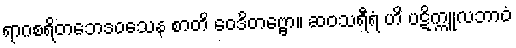
ရာဂစရိတဘေဒဝသေန စာတိ ဝေဒိတဗ္ဗော။ ဆဝသရီရံ ဟိ ပဋိက္ကူလဘာဝံ